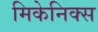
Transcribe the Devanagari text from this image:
मिकेनिक्स